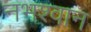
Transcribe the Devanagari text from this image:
नभश्वान